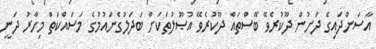
އާސަންދައިގެ ދަށުން ދޫކުރެވޭ ބޭސްތައް ދޫކުރެވޭ އުޞޫލުތަކަށް ބަދަލުގެނައުމުގެ މަސައްކަތް މިހާރު ދަނީ